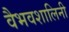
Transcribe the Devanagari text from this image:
वैभवशालिनी